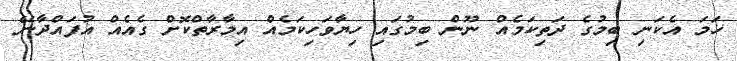
ހަމަ އެކަނި ބިމުގެ ދަތިކަމެއް ނޫން ބިމުގައި ހިޔާވަހިކަމެއް އިމާރާތްކޮށް ގެއެއް އުފައްދާނޭ